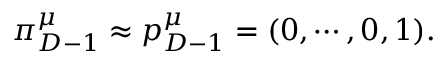
\pi _ { D - 1 } ^ { \mu } \approx p _ { D - 1 } ^ { \mu } = ( 0 , \cdots , 0 , 1 ) .